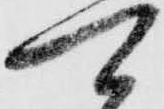
可